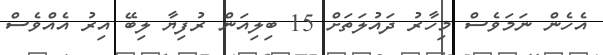
އެހެން ނަމަވެސް މިހާރު ދައުލަތަށް 15 ބިލިއަން ރުފިޔާ ލިބޭ އިރު އެއްވެސް